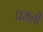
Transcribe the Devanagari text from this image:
घराली